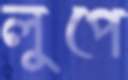
লুপে